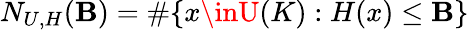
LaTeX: N_{U,H}(\mathbf{B})=\# \{ x\inU(K):H(x)\leq\mathbf{B}\}